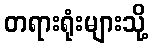
တရားရုံးများသို့